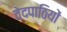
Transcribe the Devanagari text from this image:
वेदपाठियों